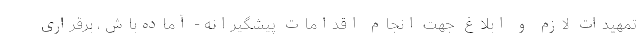
تمهیدات لازم و ابلاغ جهت انجام اقدامات پیشگیرانه - آماده‌باش، برقراری